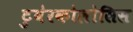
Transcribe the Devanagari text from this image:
टुबेरकोलोसिस